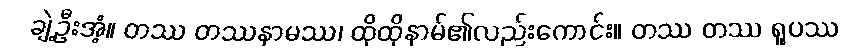
ချဲ့ဦးအံ့။ တဿ တဿနာမဿ၊ ထိုထိုနာမ်၏လည်းကောင်း။ တဿ တဿ ရူပဿ